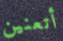
أتعنين